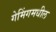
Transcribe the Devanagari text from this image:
गेमिंगमधील